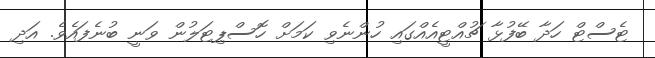
ޓެސްޓް ހަދާ ބޭފުޅާ ޗުއްޓީއެއްގައި ހުންނެވި ކަމަށް ހޮސްޕިޓަލުން ވަނީ ބުނެފައެވެ. އަދި